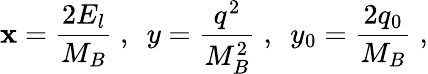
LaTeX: \mathbf{x}=\frac{{2E_{l}}}{{M_{B}}}\; ,\mathrm{{\ \ }}y=\frac{{q^{2}}}{{M_{B}^{2}}}\; ,\mathrm{{\ \ }}y_{0}=\frac{{2q_{0}}}{{M_{B}}}\; ,